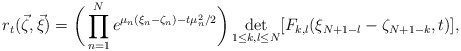
\begin{align*}r_{t}(\vec{\zeta},\vec{\xi})=\bigg(\prod_{n=1}^Ne^{\mu_n(\xi_n-\zeta_n)-{t}\mu_n^2/2}\bigg)\det_{1\leq k,l\leq N}[F_{k,l}(\xi_{N+1-l}-\zeta_{N+1-k},{t})],\end{align*}